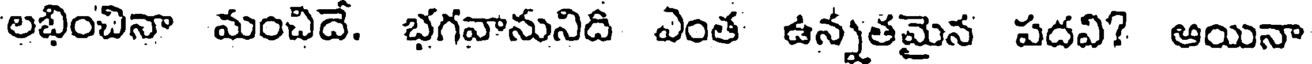
లభించినా మంచిదే. భగవానునిది ఎంత ఉన్నతమైన పదవి? ఆయినా